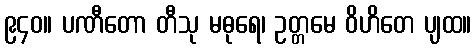
၉၄၀။ ပဏီတော တီသု မဓုရေ၊ ဥတ္တမေ ဝိဟိတေ ပျထ။